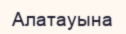
Алатауына